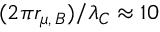
( 2 \pi r _ { \mu , \, B } ) / \lambda _ { C } \approx 1 0